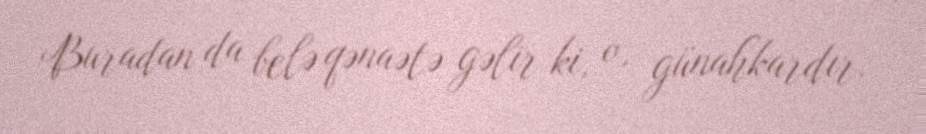
Buradan da belə qənaətə gəlir ki, o, günahkardır.